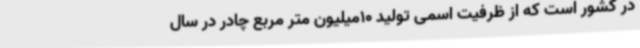
در کشور است که از ظرفیت اسمی تولید 10میلیون متر مربع چادر در سال